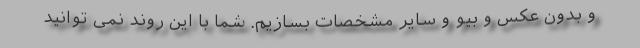
و بدون عکس و بیو و سایر مشخصات بسازیم. شما با این روند نمی توانید